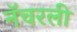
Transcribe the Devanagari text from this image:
नॅचरली